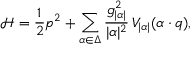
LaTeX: \mathcal { H } = { \frac { 1 } { 2 } } p ^ { 2 } + \sum _ { \alpha \in \Delta } { \frac { g _ { | \alpha | } ^ { 2 } } { | \alpha | ^ { 2 } } } \, V _ { | \alpha | } ( \alpha \cdot q ) ,